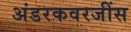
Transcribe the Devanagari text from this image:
अंडरकवरजींस